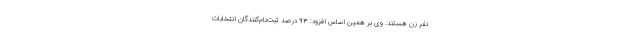
نفر زن هستند. وی بر همین اساس افزود: ۹۳ درصد ثبت‌نام‌کنندگان انتخابات